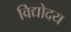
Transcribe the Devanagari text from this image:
विद्योदय